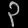
Digit: ၃